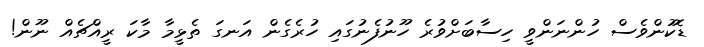
ޑޮކުންވެސް ހުންނަންވީ ހިސާބަށްވުރެ ހޫނުފެނުގައި ހުރެގެން އަނގަ ތެޅީމާ މާކަ ރީއްޗެއް ނޫން!